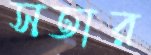
সতার